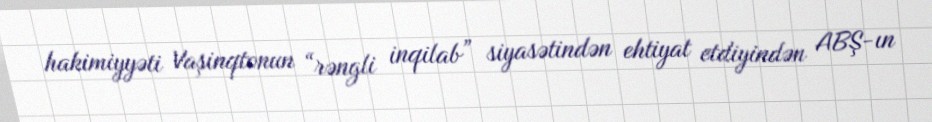
hakimiyyəti Vaşinqtonun “rəngli inqilab” siyasətindən ehtiyat etdiyindən ABŞ-ın